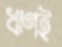
ঋণই